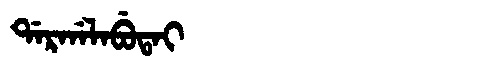
Manchu: ᡩᠠᡵᡤᠠᠯᠠᠪᡠᡨᠠᡳ
Romanization: DARGALABUTAI